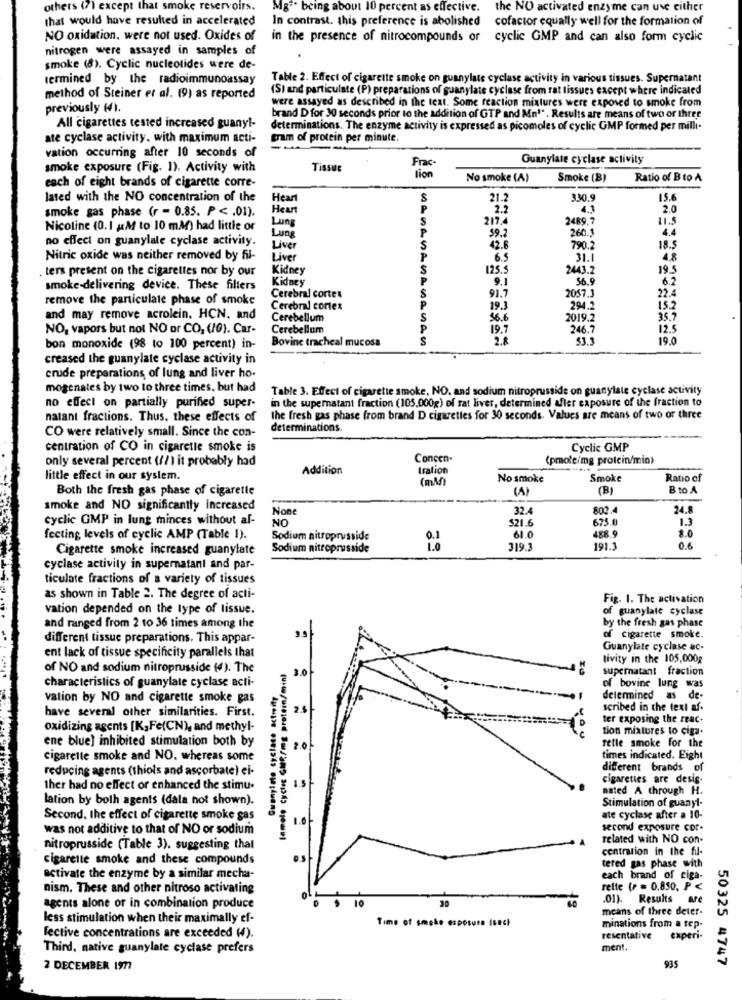
others (7) except that smoke reservoirs.
M8ªª
cing about 10 percent as effective.
the NO activated enzyme can use either
that would have resulted in accelerated
In contrast. this preference is abolished cofactor equally well for the formation of
NO oxidation, were not used. Oxides of
in the presence of nitrocompounds or cyclic GMP and can also form cyclic
nitrogen were assayed in samples of
smoke (8). Cyclic nucleotides were de-
termined by the radioimmunoassay
Table 2. Effect of cigarette smoke on guanylate cyclase activity in various tissues. Supernatant
(S) and particulate (P) preparations of guanylate cyclase from rat tissues except where indicated
method of Steiner et al. (9) as reported
were assayed as described in the text. Some reaction mixtures were exposed to smoke from
previously (4).
brand D for 30 seconds prior to the addition of GTP and Mn"" . Results are means of two or three
All cigarettes tested increased guany !-
determinations. The enzyme activity is expressed as picomoles of cyclic GMP formed per milli.
ate cyclase activity. with maximum acti-
tram of protein per minute.
vation occurring after 10 seconds of
Frac
Guanylate cyclase activity
smoke exposure (Fig. 1). Activity with
Tissue
lion
each of eight brands of cigarette corre-
No smoke (A)
Smoke (B)
Ratio of Bto A
lated with the NO concentration of the
Heart
S
21.2
330.
15.6
smoke gas phase (r - 0.85. P < . 01).
Heart
P
2.2
4.3
2.0
Lung
S
217.4
24897
11.5
Nicoline (0. 1 KM to 10 mM) had little or
P
59.2
260.3
4.4
no effect on guanylale cyclase activity.
Lung
Live
S
42.6
790.2
18.5
Nitric oxide was neither removed by fil-
Liver
P
6.5
31.1
4.8
ters present on the cigarettes nor by our
Kidney
S
125.5
2443.2
195
P
9.1
6.2
smoke-delivering device. These filters
Kidney
91.7
2057.3
22.4
remove the particulate phase of smoke
Cerebral cortex
Cerebral cortex
P
19.3
294.2
152
and may remove acrolein. HCN, and
Cerebellum
S
36.6
2019.2
35.7
NO, vapors but not NO or CO, (/0). Car-
Cerebellum
P
19.7
246.7
12.5
Bovine tracheal mucosa
2.8
53.3
19.0
bon monoxide (98 to 100 percent) in-
creased the guanylate cyclase activity in
crude preparations, of lung and liver ho-
mogenates by two to three times, but had
Table 3. Effect of cigarette smoke, NO. and sodium nitroprusside on guanylate cyclase activity
no effect on partially purified super-
in the supernatant fraction (105.000g) of sat liver, determined after exposure of the fraction to
natant fractions. Thus, these effects of
the fresh gas phase from brand D cigarettes for 30 seconds. Values are means of two or three
CO were relatively small. Since the con-
determinations.
centration of CO in cigarette smoke is
Cyclic GMP
only several percent (1/) it probably had
Concen-
(prole/mg protein/min)
Addition
tration
little effect in our system.
(mM)
No smoke
Smoke
Ratio of
Both the fresh gas phase of cigarette
(A)
(B)
BtoA
smoke and NO significantly increased
32.4
802.4
24.8
cyclic GMP in lung minces without af-
NO
$21.6
675.0
1.3
fecting levels of cyclic AMP (Table 1).
Sodium nitroprusside
61.0
488
8.0
Cigarette smoke increased guanylate
Sodium nitroprusside
319.3
191.3
0.6
cyclase activity in supernatani and par-
ticulate fractions of a variety of tissues
as shown in Table 2. The degree of acti-
Fig. 1. The activation
vation depended on the type of lissue.
of guanylate cyclase
by the fresh gas phase
and ranged from 2 to 36 times among the
different tissue preparations. This appar-
of cigarette smoke.
ent lack of tissue specificity parallels that
Guanylate cyclase ac-
tivity in the 105,000g
of NO and sodium nitroprusside (4). The
Inmolo cyclec GlER/mg protein/min)
3.0
supernatant fraction
characteristics of guanylate cyclase acti-
of bovine lung was
vation by NO and cigarette smoke gas
delermined as de-
have several other similarities. First.
2.$
scribed in the text af-
ter exposing the reac.
oxidizing agents [K, Fe(CN), and methyl-
tion mixtures to ciga.
ene blue) inhibited stimulation both by
retle smoke for the
2.0
cigarette smoke and NO, whereas some
times indicated. Eight
reducing agents (thiots and ascorbate) ei-
different brands of
cigarettes are desig.
ther had no effect or enhanced the stimu-
1.5
nated A through H.
lation by both agents (dala not shown).
Stimulation of guanyl-
Second, the effect of cigarette smoke gas
ate cyclase after a 10-
was not additive to that of NO or sodium
second exposure cor-
related with NO con-
nitroprusside (Table 3). suggesting that
centration in the fil-
cigarette smoke and these compounds
tered gas phase with
activate the enzyme by a similar mecha-
each brand of ciga-
nism. These and other nitroso activating
rette (P = 0.850, P <
01).
Results are
agents alone or in combination produce
10
30
means of three deter-
less stimulation when their maximally ef-
Time of smoke exposure Isech
minations from a sep-
lective concentrations are exceeded (4).
resentative
experi-
Third, native guanylate cyclase prefers
ment.
50325 4747
2 DECEMBER 1977
935